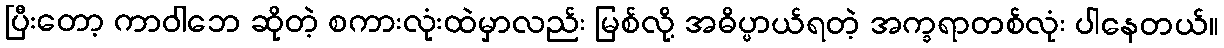
ပြီးတော့ ကာဝါဘေ ဆိုတဲ့ စကားလုံးထဲမှာလည်း မြစ်လို့ အဓိပ္ပာယ်ရတဲ့ အက္ခရာတစ်လုံး ပါနေတယ်။